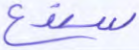
سندع